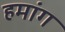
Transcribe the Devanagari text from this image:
हमांग